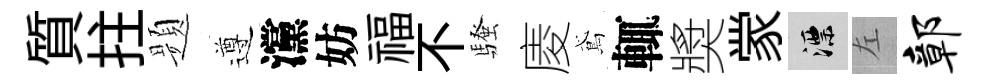
質拄题遵灙妨福不騷庱鳶輒奬䝉漂左鄣